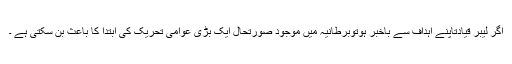
اگر لیبر قیادتاپنے اہداف سے باخبر ہوتوبرطانیہ میں موجود صورتحال ایک بڑی عوامی تحریک کی ابتدا کا باعث بن سکتی ہے ۔